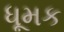
ધૂમક